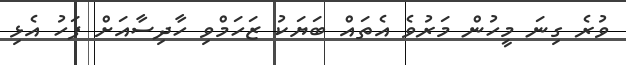
ވުރެ ގިނަ މީހުން މަރުވެ އެތައް ބަޔަކު ޒަހަމްވި ހާދިސާއަށް ފަހު އެޅި